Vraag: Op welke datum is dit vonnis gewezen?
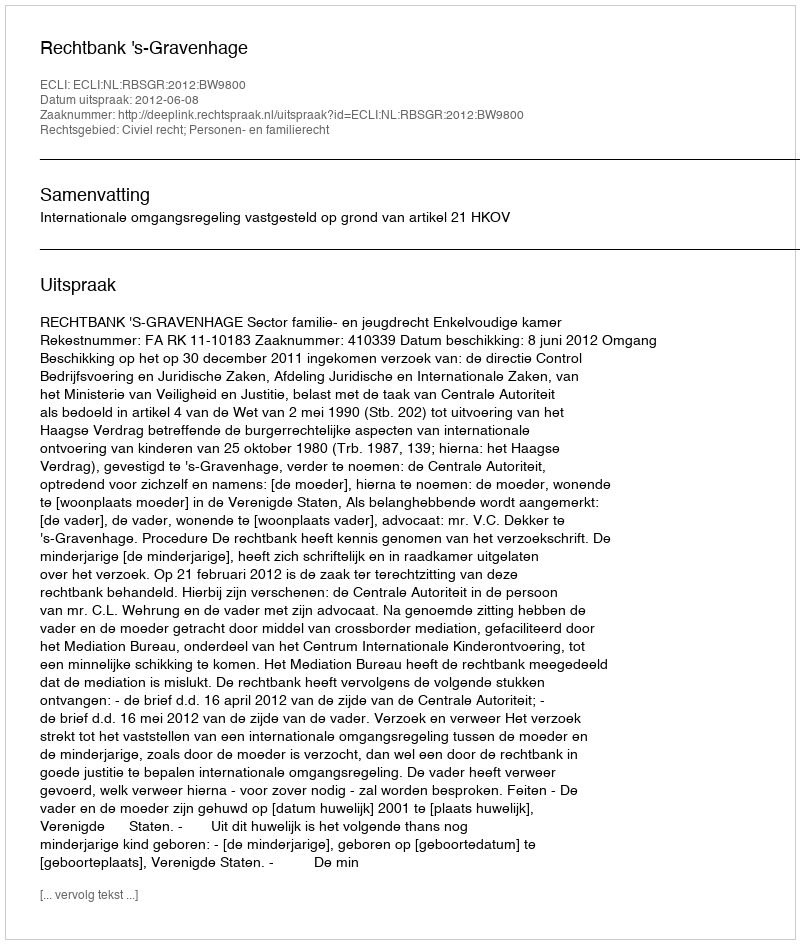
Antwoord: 2012-06-08